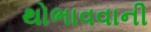
થોભાવવાની